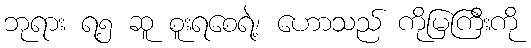
ဘုရား ရ၅ ဆူ စူးရစေရဲ့၊ ဟောသည် ကိုမြကြီးကို